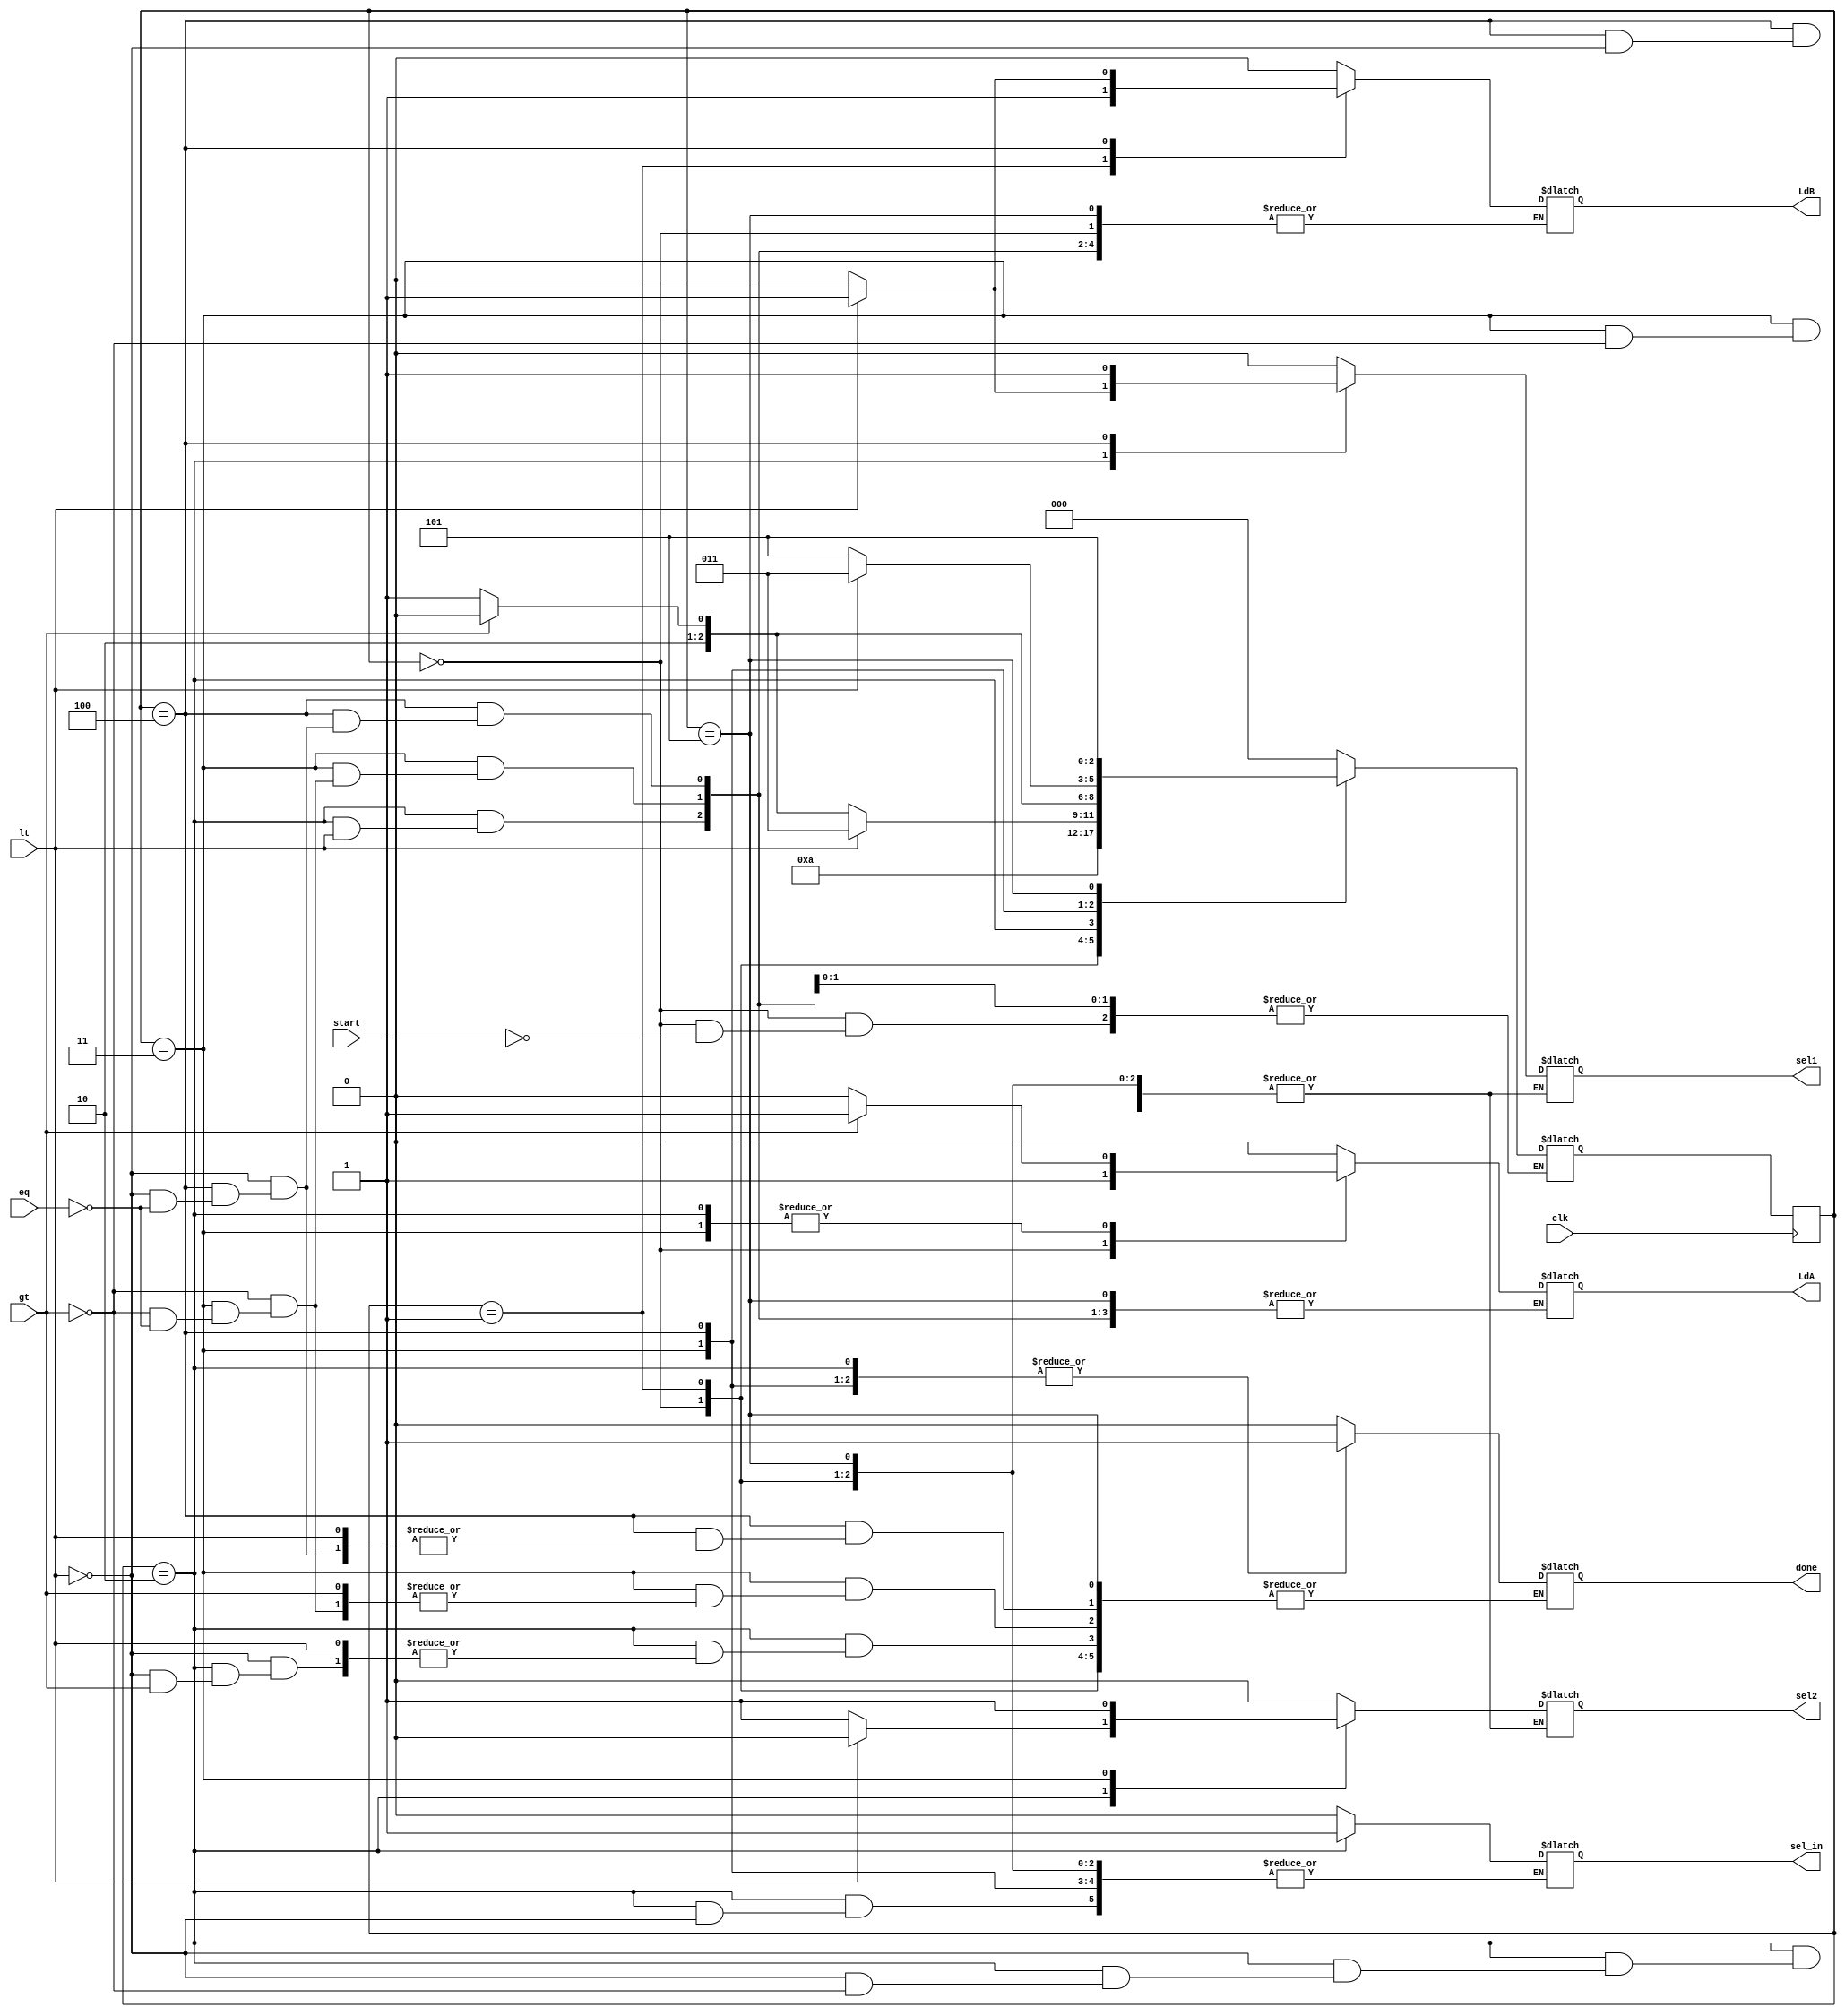
module CONTROLLER(done, LdA, LdB, sel1, sel2, sel_in, start, lt, gt, eq, clk);
	input start, lt, gt, eq, clk;
	output reg done, LdA, LdB, sel1, sel2, sel_in;
	parameter S0 = 0, S1 = 1, S2 = 2, S3 = 3, S4 = 4, S5 = 5;
	reg[2:0] present_state, next_state;
	
	always @(posedge clk) begin
		present_state <= next_state;
	end
	
	always @(present_state, start, lt, gt, eq) begin
		case (present_state)
			S0: begin
				#2 if (start) begin
					next_state = S1;
					LdA = 1;
				end
			end
			S1: begin
				#2 next_state = S2;
				LdA = 0; LdB = 1;
			end
			S2: begin
				#2 if (lt) begin
					next_state = S3;
					sel1 = 1; sel2 = 0; sel_in = 1;
				end
				else if (gt) begin
					next_state = S4;
					sel1 = 0; sel2 = 1; LdA = 1; LdB = 0;
				end
				else begin
					next_state = S5;
					done = 1; LdA = 0; LdB = 0;
				end
			end
			S3: begin
				#2 if (gt) begin
					next_state = S4;
					sel1 = 0; sel2 = 1; LdA = 1; LdB = 0;
				end
				else if (eq) begin
					next_state = S5;
					done = 1; LdA = 0; LdB = 0;
				end
			end
			S4: begin
				#2 if (lt) begin
					next_state = S3;
					sel1 = 1; sel2 = 0; LdA = 0; LdB = 1;
				end
				else if (eq) begin
					next_state = S5;
					done = 1; LdA = 0; LdB = 0;
				end
			end
			S5: begin
				next_state = S5;
			end
			default: begin
				next_state = S0;
				sel1 = 0; sel2 = 0; sel_in = 0; LdA = 0; LdB = 0; done = 0;
			end
		endcase
	end
endmodule